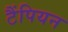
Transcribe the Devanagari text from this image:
टैंपियन